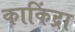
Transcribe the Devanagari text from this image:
काकिंद्रा